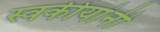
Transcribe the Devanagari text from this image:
स्वकीयांनी